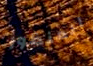
المنظور